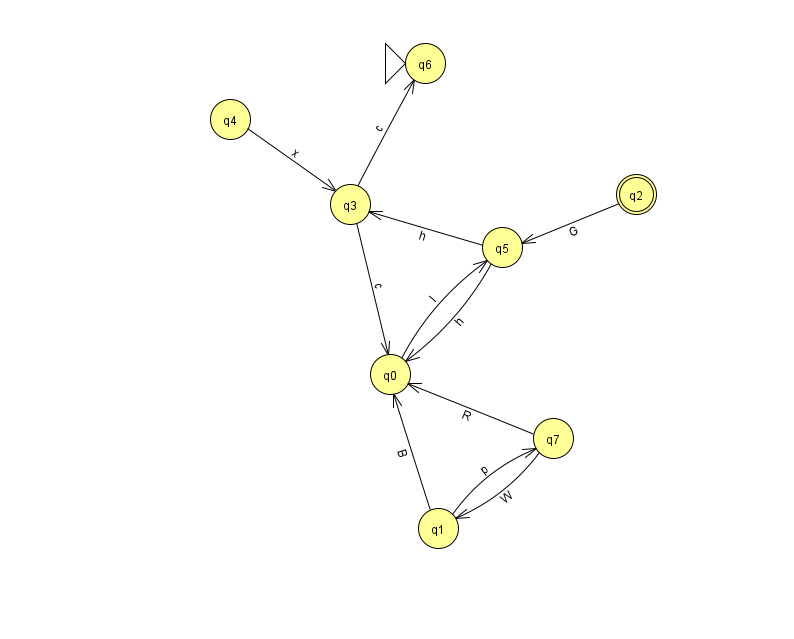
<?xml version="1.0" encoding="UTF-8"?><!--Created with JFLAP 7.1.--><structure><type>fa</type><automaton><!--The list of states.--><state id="0" name="q0"><x>390.0</x><y>361.0</y></state><state id="1" name="q1"><x>438.0</x><y>515.0</y></state><state id="2" name="q2"><x>636.0</x><y>181.0</y><final/></state><state id="3" name="q3"><x>350.0</x><y>191.0</y></state><state id="4" name="q4"><x>230.0</x><y>106.0</y></state><state id="5" name="q5"><x>502.0</x><y>234.0</y></state><state id="6" name="q6"><x>425.0</x><y>50.0</y><initial/></state><state id="7" name="q7"><x>553.0</x><y>425.0</y></state><!--The list of transitions.--><transition><from>2</from><to>5</to><read>G</read></transition><transition><from>3</from><to>0</to><read>c</read></transition><transition><from>3</from><to>6</to><read>c</read></transition><transition><from>1</from><to>0</to><read>B</read></transition><transition><from>0</from><to>5</to><read>l</read></transition><transition><from>7</from><to>0</to><read>R</read></transition><transition><from>7</from><to>1</to><read>W</read></transition><transition><from>1</from><to>7</to><read>p</read></transition><transition><from>5</from><to>0</to><read>h</read></transition><transition><from>4</from><to>3</to><read>x</read></transition><transition><from>5</from><to>3</to><read>h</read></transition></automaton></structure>